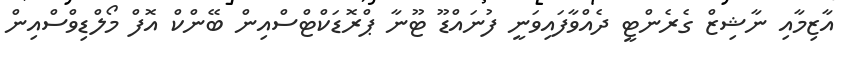
އާޒިމާއި ނާޝިޒް ގެރެންޓީ ދެއްވާފައިވަނީ ފުނައްޑޫ ޓޫނާ ޕްރޮޑަކްޓްސްއިން ބޭންކް އޮފް މޯލްޑިވްސްއިން